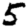
Digit: 5